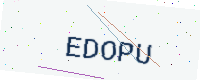
Text: EDOPU